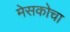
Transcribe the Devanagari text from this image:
मेसकोचा